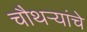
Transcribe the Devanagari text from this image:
चौथर्‍यांचे